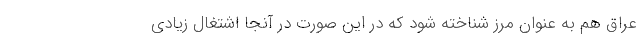
عراق هم به عنوان مرز شناخته شود که در این صورت در آنجا اشتغال زیادی